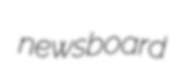
newsboard